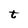
Character: t